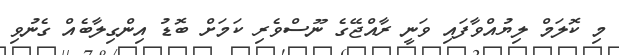
މި ކޮލަމް ލިޔުއްވާފައި ވަނީ ރާއްޖޭގެ ނޫސްވެރި ކަމަށް ބޮޑު އިންގިލާބެއް ގެނުވި